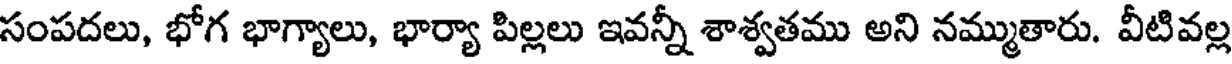
సంపదలు, భోగ భాగ్యాలు, భార్యా పిల్లలు ఇవన్నీ శాశ్వతము అని నమ్ముతారు. వీటివల్ల